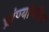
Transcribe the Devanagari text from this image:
प्रांण्यांवरील